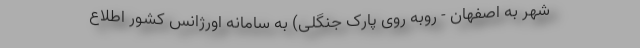
شهر به اصفهان - روبه روی پارک جنگلی) به سامانه اورژانس کشور اطلاع